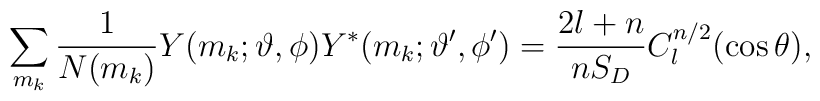
\sum_{m_{k}}\frac{1}{N(m_{k})}Y(m_{k};\vartheta , \phi)Y^{*}(m_{k};\vartheta ^{\prime },\phi ^{\prime})=\frac{2l+n}{nS_{D}}C_{l}^{n/2}(\cos \theta ),